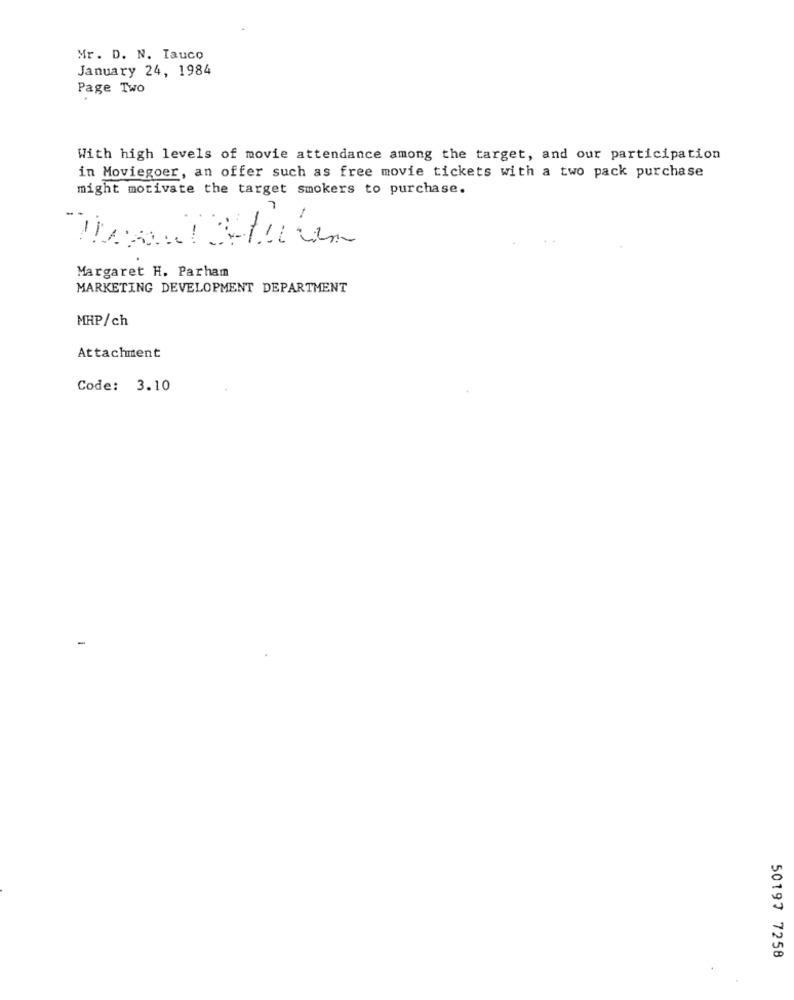
Mr. D. N. Tauco
January 24, 1984
Page Two
With high levels of movie attendance among the target, and our participation
in Moviegoer, an offer such as free movie tickets with a two pack purchase
might motivate the target smokers to purchase.
-
Margaret H. Parham
MARKETING DEVELOPMENT DEPARTMENT
MHP/ch
Attachment
Code: 3.10
50197 7258